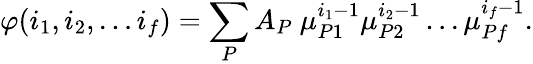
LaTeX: \varphi(i_{1},i_{2},\dots i_{f})=\sum_{P}A_{P}\ \mu_{P1}^{i_{1}-1}\mu_{P2}^{i_{2}-1}\dots\mu_{Pf}^{i_{f}-1}.